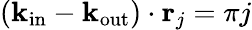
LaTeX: (\mathbf{k}_{\mathrm{in}}-\mathbf{k}_{\mathrm{out}})\cdot\mathbf{r}_{j}=\pi j